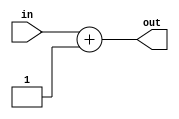
module incrementer_6bit(
        input [5:0] in,
        output [5:0] out
);

    assign out = in + 1;

endmodule